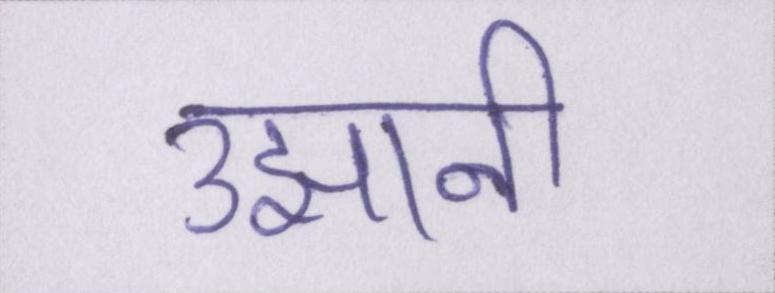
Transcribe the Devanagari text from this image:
उझानी